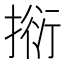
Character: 𢯼